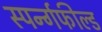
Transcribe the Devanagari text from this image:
स्पर्न्गफील्ड